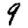
Digit: 9